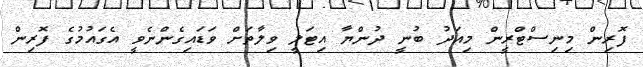
ފޮރިން މިނިސްޓްރީން މިއަދު ބުނީ ދުންޔާ އިޓަލީ ވިލާތަށް ވަޑައިގެންނެވީ އެގައުމުގެ ފޮރިން